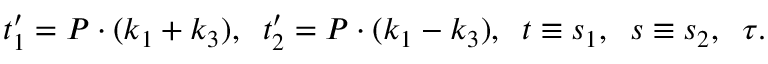
t _ { 1 } ^ { \prime } = P \cdot ( k _ { 1 } + k _ { 3 } ) , \; \; t _ { 2 } ^ { \prime } = P \cdot ( k _ { 1 } - k _ { 3 } ) , \; \; t \equiv s _ { 1 } , \; \; s \equiv s _ { 2 } , \; \; \tau .